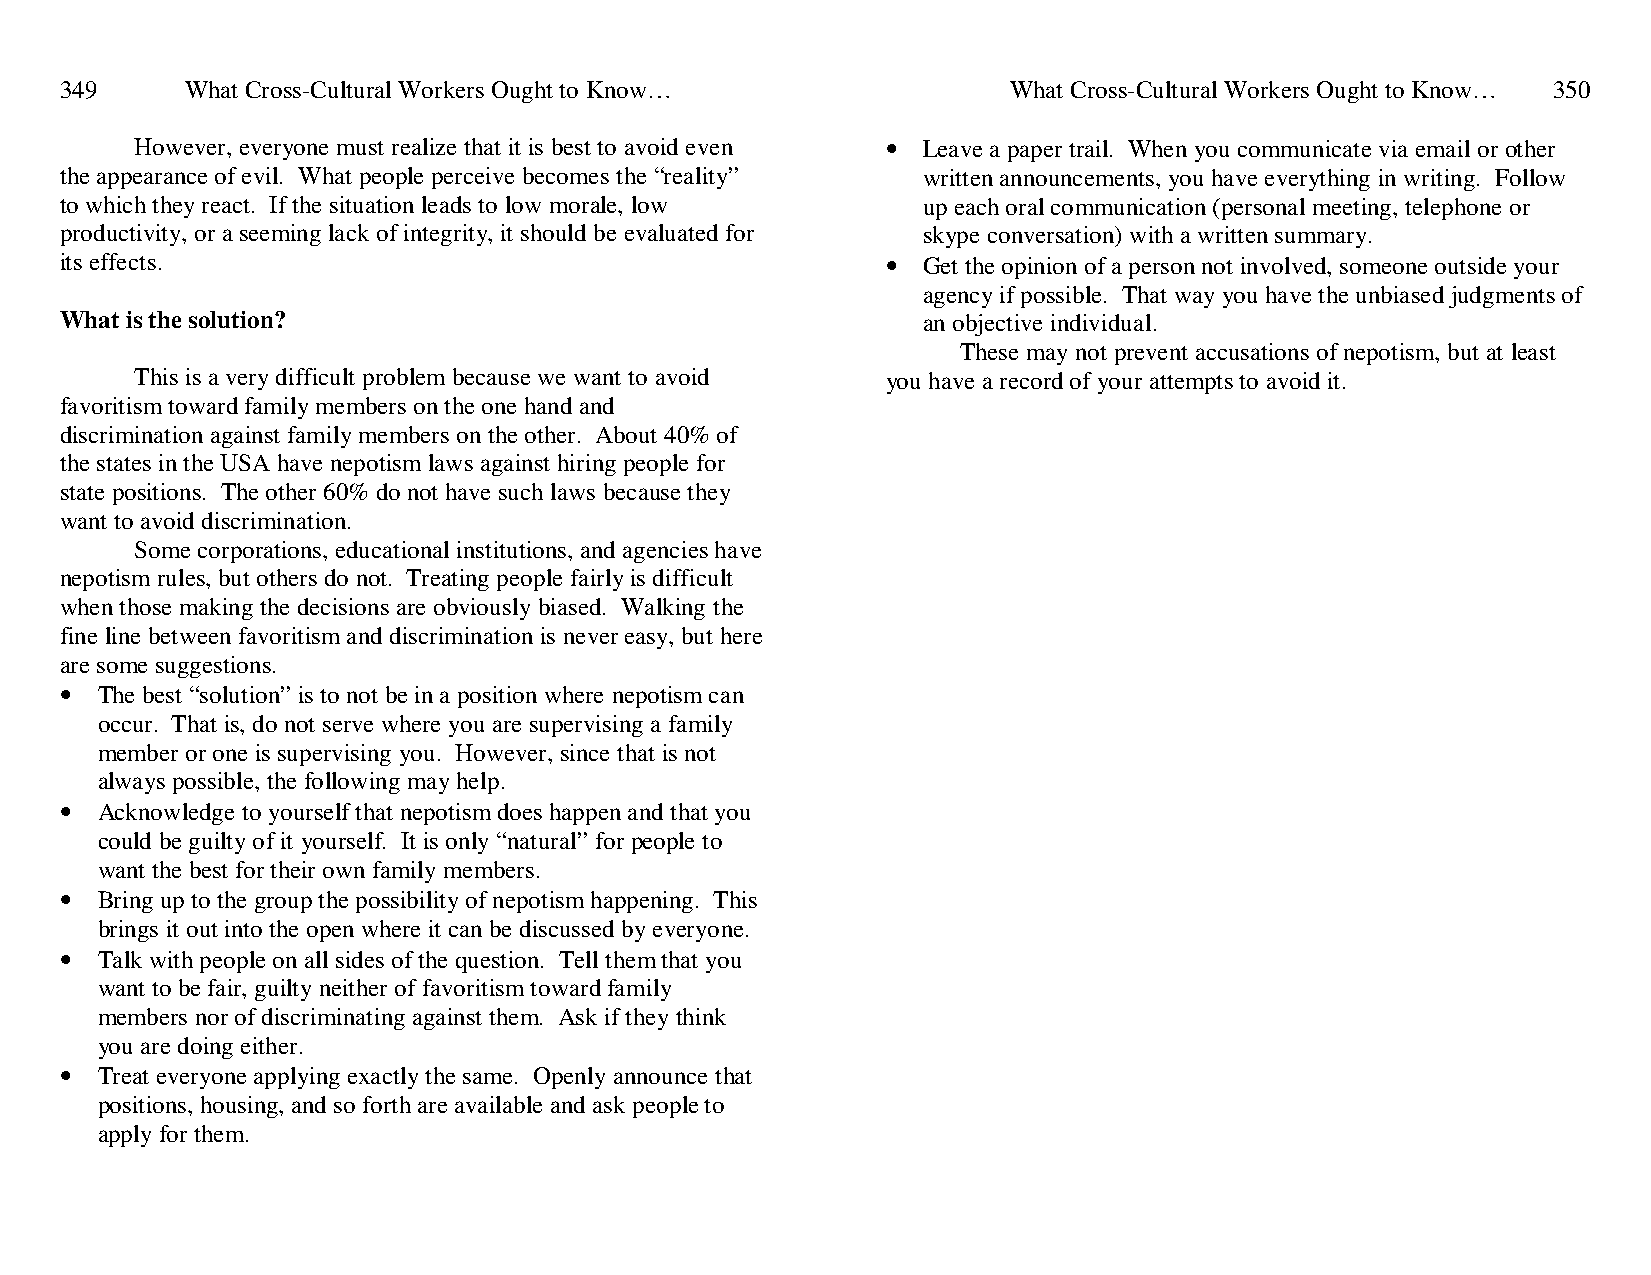
349     What Cross-Cultural Workers Ought to Know…             What Cross-Cultural Workers Ought to Know… 350
 However, everyone must realize that it is best to avoid even • Leave a paper trail. When you communicate via email or other
 the appearance of evil. What people perceive becomes the “reality” written announcements, you have everything in writing. Follow
 to which they react. If the situation leads to low morale, low up each oral communication (personal meeting, telephone or
 productivity, or a seeming lack of integrity, it should be evaluated for skype conversation) with a written summary.
 its effects.                                           • Get the opinion of a person not involved, someone outside your
 agency if possible. That way you have the unbiased judgments of
 What is the solution?                                    an objective individual.
 These may not prevent accusations of nepotism, but at least
 This is a very difficult problem because we want to avoid you have a record of your attempts to avoid it.
 favoritism toward family members on the one hand and
 discrimination against family members on the other. About 40% of
 the states in the USA have nepotism laws against hiring people for
 state positions. The other 60% do not have such laws because they
 want to avoid discrimination.
 Some corporations, educational institutions, and agencies have
 nepotism rules, but others do not. Treating people fairly is difficult
 when those making the decisions are obviously biased. Walking the
 fine line between favoritism and discrimination is never easy, but here
 are some suggestions.
 • The best “solution” is to not be in a position where nepotism can
 occur. That is, do not serve where you are supervising a family
 member or one is supervising you. However, since that is not
 always possible, the following may help.
 • Acknowledge to yourself that nepotism does happen and that you
 could be guilty of it yourself. It is only “natural” for people to
 want the best for their own family members.
 • Bring up to the group the possibility of nepotism happening. This
 brings it out into the open where it can be discussed by everyone.
 • Talk with people on all sides of the question. Tell them that you
 want to be fair, guilty neither of favoritism toward family
 members nor of discriminating against them. Ask if they think
 you are doing either.
 • Treat everyone applying exactly the same. Openly announce that
 positions, housing, and so forth are available and ask people to
 apply for them.